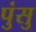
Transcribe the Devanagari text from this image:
पुंसु